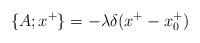
\begin{align*}\{A; x^{+} \}=- \lambda \delta(x^{+}-x^{+}_{0})\end{align*}